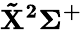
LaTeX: \mathbf{\tilde{X}^{2}\Sigma^{+}}